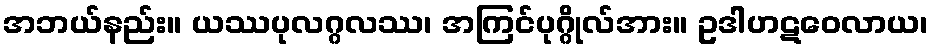
အဘယ်နည်း။ ယဿပုလဂ္ဂလဿ၊ အကြင်ပုဂ္ဂိုလ်အား။ ဥဒါဟဋဝေလာယ၊